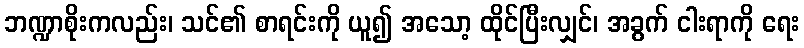
ဘဏ္ဍာစိုးကလည်း၊ သင်၏ စာရင်းကို ယူ၍ အသော့ ထိုင်ပြီးလျှင်၊ အခွက် ငါးရာကို ရေး